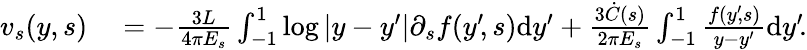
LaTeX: \begin{array}{rl}{v_{s}(y,s)}&{{}=-\frac{3L}{4\pi E_{s}}\int_{-1}^{1}\log|y-y^{\prime}|\partial_{s}f(y^{\prime}\! ,s)\mathrm{d}y^{\prime}+\frac{3\dot{C}(s)}{2\pi E_{s}}\int_{-1}^{1}\frac{f(y^{\prime}\! ,s)}{y-y^{\prime}}\mathrm{d}y^{\prime}\! .}\end{array}